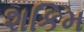
શકિમ